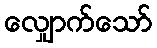
လျှောက်သော်